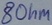
Text: 8Ohm